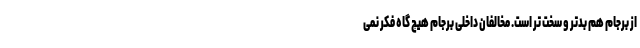
از برجام هم بدتر و سخت تر است. مخالفان داخلی برجام هیچ گاه فکر نمی